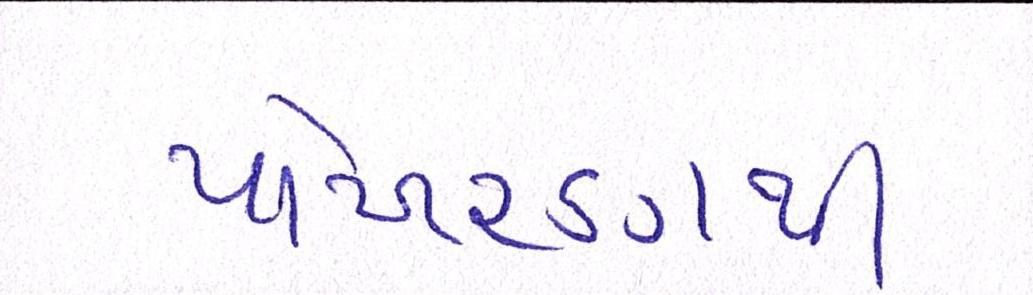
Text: પોખરણથી